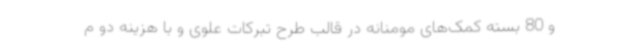
و 80 بسته کمک‌های مومنانه در قالب طرح تبرکات علوی و با هزینه دو م